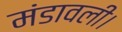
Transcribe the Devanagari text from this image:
मंडावली।